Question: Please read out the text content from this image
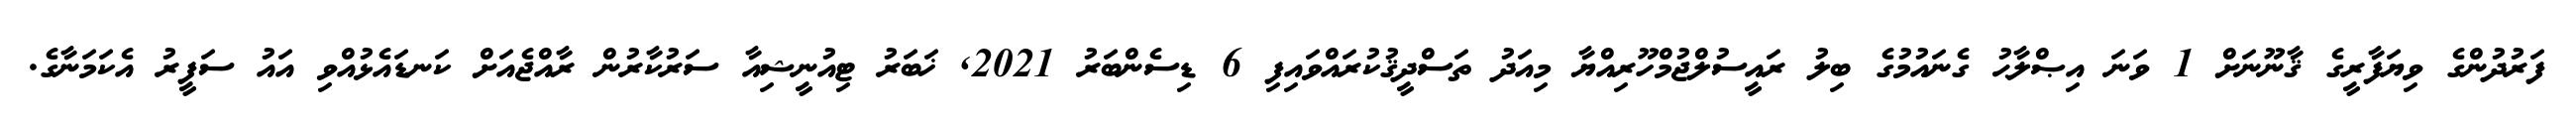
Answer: ފަރުދުންގެ ވިޔަފާރީގެ ޤާނޫނަށް 1 ވަނަ އިޞްލާޙު ގެނައުމުގެ ބިލު ރައީސުލްޖުމްހޫރިއްޔާ މިއަދު ތަސްދީޤުކުރައްވައިފި 6 ޑިސެންބަރު 2021, ޚަބަރު ޓިއުނީޝިއާ ސަރުކާރުން ރާއްޖެއަށް ކަނޑައެޅުއްވި އައު ސަފީރު އެކަމަނާގެ.